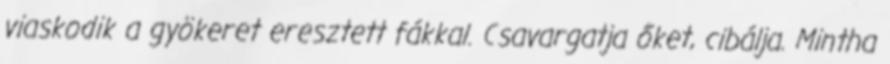
viaskodik a gyökeret eresztett fákkal. Csavargatja őket, cibálja. Mintha